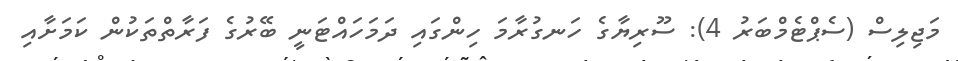
މަޖިލިސް (ސެޕްޓެމްބަރު 4): ސޫރިޔާގެ ހަނގުރާމަ ހިންގައި ދަމަހައްޓަނީ ބޭރުގެ ފަރާތްތަކުން ކަމަށާއި